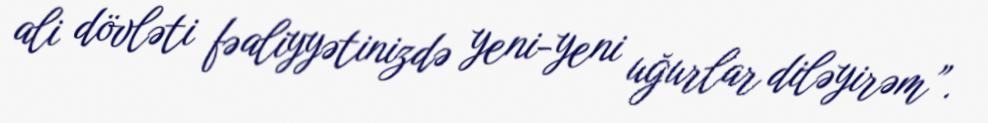
ali dövləti fəaliyyətinizdə yeni-yeni uğurlar diləyirəm”.